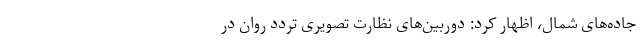
جاده‌های شمال، اظهار کرد: ‌دوربین‌‌های نظارت تصویری تردد روان در